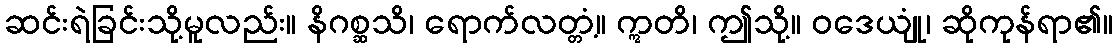
ဆင်းရဲခြင်းသို့မူလည်း။ နိဂစ္ဆသိ၊ ရောက်လတ္တံ့။ ဣတိ၊ ဤသို့။ ဝဒေယျုံ၊ ဆိုကုန်ရာ၏။